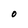
Character: O